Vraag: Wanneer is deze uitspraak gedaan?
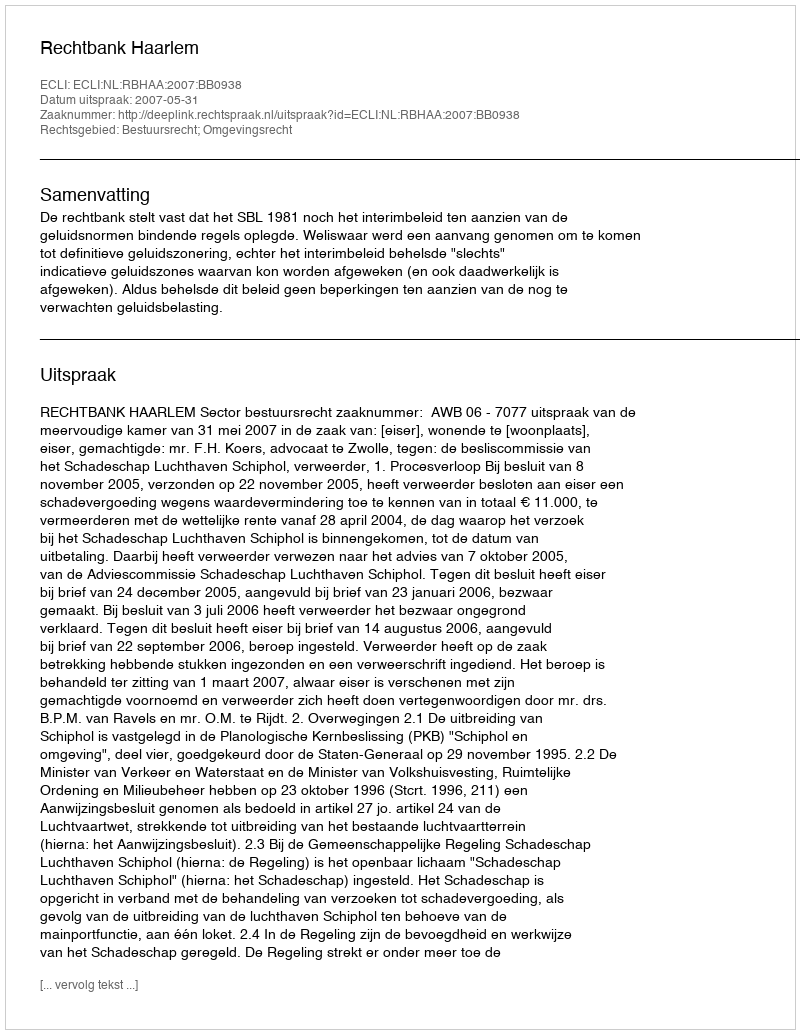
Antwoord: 2007-05-31